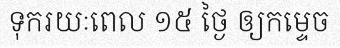
ទុករយៈពេល ១៥ ថ្ងៃ ឲ្យកម្ទេច